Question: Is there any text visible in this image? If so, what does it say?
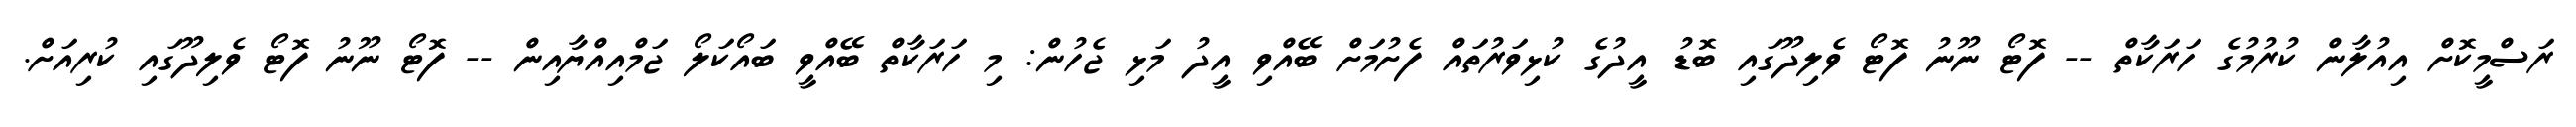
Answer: ރަސްމީކޮށް އިއުލާން ކުރުމުގެ ހަރަކާތް -- ފޮޓޯ ނޫނު ފޮޓޯ ވެލިދޫގައި ބޮޑު އީދުގެ ކުޅިވަރުތައް ފެށުމަށް ބޭއްވި އީދު މަޅި ޖެހުން: މި ހަރަކާތް ބޭއްވީ ބައޯކަލޯ ޖަމްއިއްޔާއިން -- ފޮޓޯ ނޫނު ފޮޓޯ ވެލިދޫގައި ކުރިއަށް.